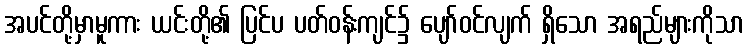
အပင်တို့မှာမူကား ယင်းတို့၏ ပြင်ပ ပတ်ဝန်းကျင်၌ ပျော်ဝင်လျက် ရှိသော အရည်များကိုသာ